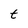
Character: t